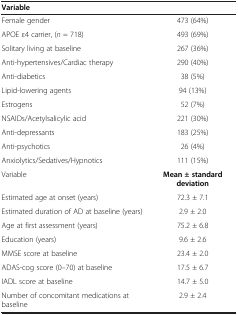
<table><thead><tr><td colspan="2"><b>Variable</b></td></tr></thead><tbody><tr><td>Female gender</td><td>473 (64%)</td></tr><tr><td>APOE ε4 carrier, (<i>n</i> = 718)</td><td>493 (69%)</td></tr><tr><td>Solitary living at baseline</td><td>267 (36%)</td></tr><tr><td>Anti-hypertensives/Cardiac therapy</td><td>290 (40%)</td></tr><tr><td>Anti-diabetics</td><td>38 (5%)</td></tr><tr><td>Lipid-lowering agents</td><td>94 (13%)</td></tr><tr><td>Estrogens</td><td>52 (7%)</td></tr><tr><td>NSAIDs/Acetylsalicylic acid</td><td>221 (30%)</td></tr><tr><td>Anti-depressants</td><td>183 (25%)</td></tr><tr><td>Anti-psychotics</td><td>26 (4%)</td></tr><tr><td>Anxiolytics/Sedatives/Hypnotics</td><td>111 (15%)</td></tr><tr><td>Variable</td><td><b>Mean</b><b> ± standard deviation</b></td></tr><tr><td>Estimated age at onset (years)</td><td>72.3 ± 7.1</td></tr><tr><td>Estimated duration of AD at baseline (years)</td><td>2.9 ± 2.0</td></tr><tr><td>Age at first assessment (years)</td><td>75.2 ± 6.8</td></tr><tr><td>Education (years)</td><td>9.6 ± 2.6</td></tr><tr><td>MMSE score at baseline</td><td>23.4 ± 2.0</td></tr><tr><td>ADAS-cog score (0–70) at baseline</td><td>17.5 ± 6.7</td></tr><tr><td>IADL score at baseline</td><td>14.7 ± 5.0</td></tr><tr><td>Number of concomitant medications at baseline</td><td>2.9 ± 2.4</td></tr></tbody></table>